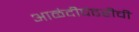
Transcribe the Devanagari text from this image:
आळंदीपंढरीची